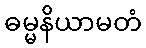
ဓမ္မနိယာမတံ